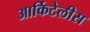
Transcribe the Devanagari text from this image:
आर्किटेलीस